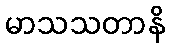
မာသသတာနိ